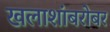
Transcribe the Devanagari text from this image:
खलाशांबरोबर